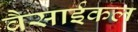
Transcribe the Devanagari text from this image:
वैसाईकल